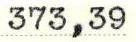
373,39